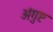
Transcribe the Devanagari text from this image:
अंगुष्ट